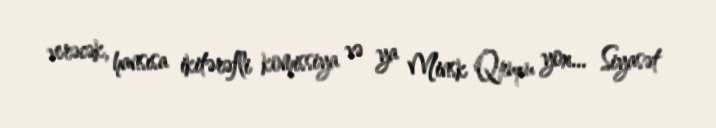
verəcək, hansısa ikitərəfli komissiya və ya Minsk Qrupu yox... Siyasət